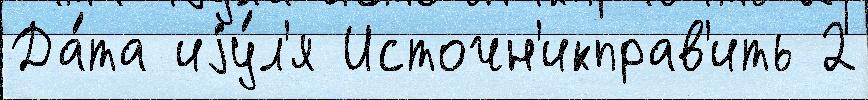
Да́та иjу́л'я Источн'икправ'ить 2